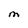
Character: M